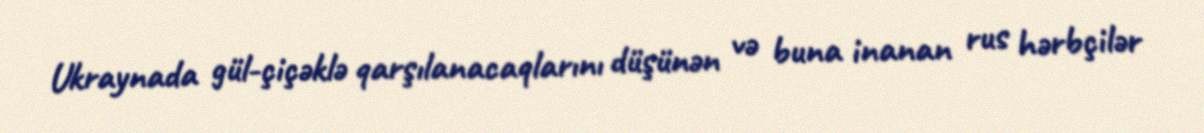
Ukraynada gül-çiçəklə qarşılanacaqlarını düşünən və buna inanan rus hərbçilər